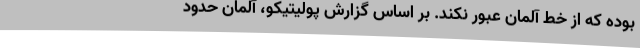
بوده که از خط آلمان عبور نکند. بر اساس گزارش پولیتیکو، آلمان حدود